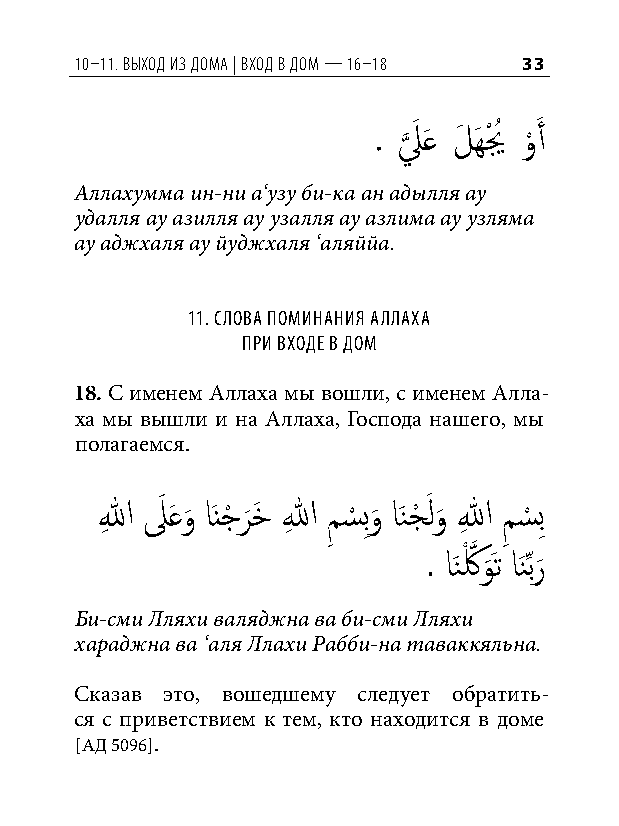
10–11. выход из дома | вход в дом — 16–18 33
 . ل
 َّذ
 َ َع لَ َهيْ ُ و
 ْ
 َ أ
 Аллахумма ин-ни а‘узу би-ка ан адылля ау
 удалля ау азилля ау узалля ау азлима ау узляма
 ау аджхаля ау йуджхаля ‘аляййа.
 11. Слова поминания аллаха
 при входе в дом
 18. С именем Аллаха мы вошли, с именем Алла-
 ха мы вышли и на Аллаха, Господа нашего, мы
 полагаемся.
 اللهِ لَ َعو
 َ
 اَنجْ ر
 َ
 خَ اللهِ م
 ِ
 س
 ْ
 بِو
 َ
 اَنجْ َ لو
 َ
 اللهِ م
 ِ
 س
 ْ
 بِ
 . اَنكْ َّذ و ََت اَنِّبر
 َ
 Би-сми Лляхи валяджна ва би-сми Лляхи
 хараджна ва ‘аля Ллахи Рабби-на таваккяльна.
 Сказав это, вошедшему следует обратить-
 ся с приветствием к тем, кто находится в доме
 [АД 5096].